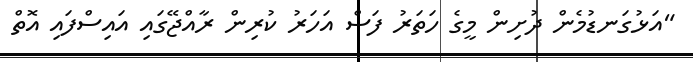
"އަޅުގަނޑުމެން ދުށިން މީގެ ހަތަރު ފަސް އަހަރު ކުރިން ރާއްޖޭގައި އައިސްފައި އޮތް